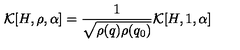
{ \cal K } [ H , \rho , \alpha ] = \frac { 1 } { \sqrt { \rho ( q ) \rho ( q _ { 0 } ) } } { \cal K } [ H , 1 , \alpha ]